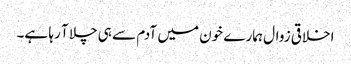
اخلاقی زوال ہمارے خون میں آدم سے ہی چلا آ رہا ہے۔